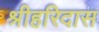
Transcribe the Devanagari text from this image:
श्रीहरिदास